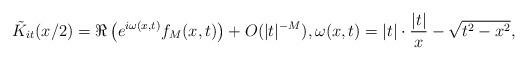
LaTeX: \begin{align*}\tilde{K}_{it}(x/2) = \Re \left( e^{i \omega(x, t)} f_M(x, t)\right) + O(|t|^{-M}), \omega(x, t) = |t| \cdot \frac{|t|}{x} - \sqrt{t^2 - x^2},\end{align*}